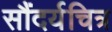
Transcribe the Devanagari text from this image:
सौंदर्यचित्र